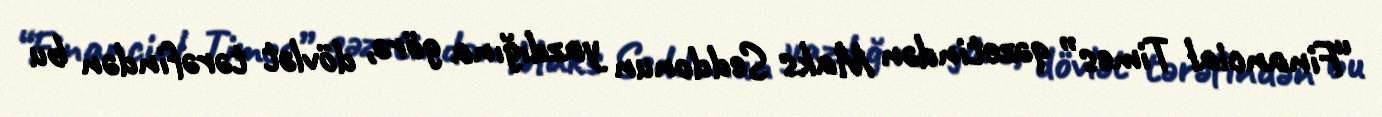
“Financial Times” qəzetindən Maks Seddonun yazdığına görə, dövlət tərəfindən bu